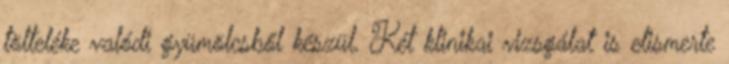
tölteléke valódi gyümölcsből készül. Két klinikai vizsgálat is elismerte